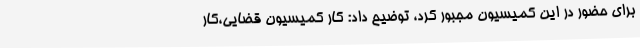
برای حضور در این کمیسیون مجبور کرد، توضیح داد: کار کمیسیون قضایی،کار